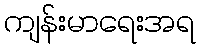
ကျန်းမာရေးအရ